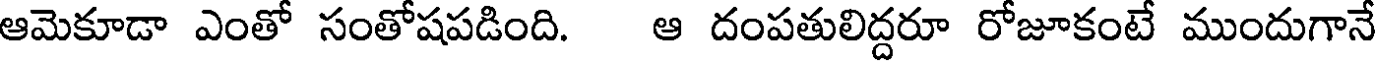
ఆమెకూడా ఎంతో సంతోషపడింది. ఆ దంపతులిద్దరూ రోజూకంటే ముందుగానే